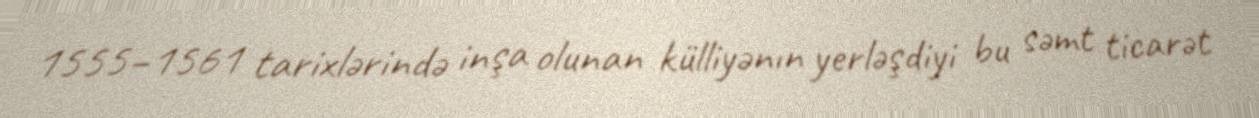
1555–1561 tarixlərində inşa olunan külliyənın yerləşdiyi bu səmt ticarət